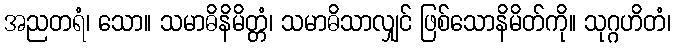
အညတရံ၊ သော။ သမာဓိနိမိတ္တံ၊ သမာဓိသာလျှင် ဖြစ်သောနိမိတ်ကို။ သုဂ္ဂဟိတံ၊